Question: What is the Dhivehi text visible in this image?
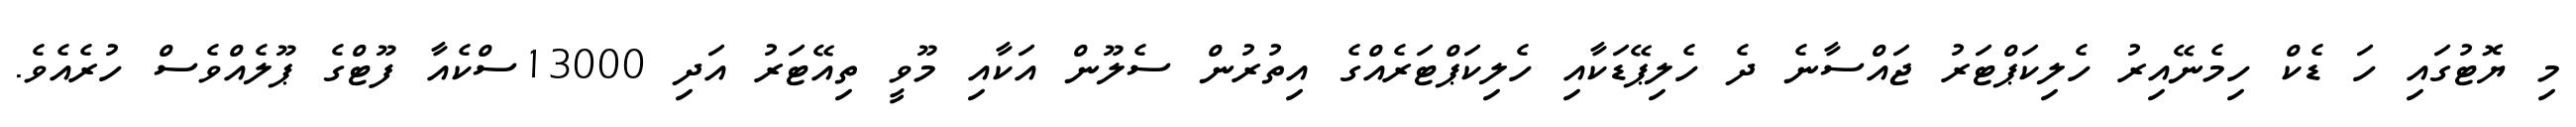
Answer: މި ޔޮޓުގައި ހަ ޑެކް ހިމެނޭއިރު ހެލިކަޕްޓަރު ޖައްސާނެ ދެ ހެލިޕޭޑަކާއި ހެލިކަޕްޓަރެއްގެ އިތުރުން ސެލޫން އަކާއި މޫވީ ތިއޭޓަރު އަދި 13000ސްކެއާ ފޫޓްގެ ޕޫލެއްވެސް ހުރެއެވެ.